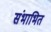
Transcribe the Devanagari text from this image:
संभाभित